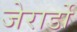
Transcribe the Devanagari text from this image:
जेरार्डो